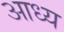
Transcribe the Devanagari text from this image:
आध्य